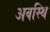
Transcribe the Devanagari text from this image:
अवस्थि